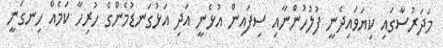
މަދަރުސާގައި ކިޔަވައިދެނީ ފުލުހުންނާއި ސިފައިން އުޅެނީ އަދި އަޅުގަނޑުމެންގެ ހުރިހާ ކަމެއް ހިނގަނީ